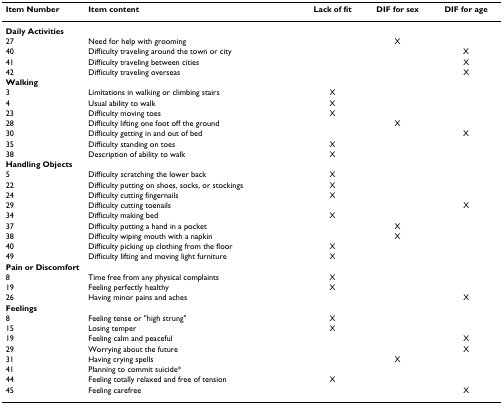
<table><thead><tr><td><b>Item Number</b></td><td><b>Item content</b></td><td><b>Lack of fit</b></td><td><b>DIF for sex</b></td><td><b>DIF for age</b></td></tr></thead><tbody><tr><td colspan="5"><b>Daily Activities</b></td></tr><tr><td>27</td><td>Need for help with grooming</td><td></td><td>X</td><td></td></tr><tr><td>40</td><td>Difficulty traveling around the town or city</td><td></td><td></td><td>X</td></tr><tr><td>41</td><td>Difficulty traveling between cities</td><td></td><td></td><td>X</td></tr><tr><td>42</td><td>Difficulty traveling overseas</td><td></td><td></td><td>X</td></tr><tr><td colspan="5"><b>Walking</b></td></tr><tr><td>3</td><td>Limitations in walking or climbing stairs</td><td>X</td><td></td><td></td></tr><tr><td>4</td><td>Usual ability to walk</td><td>X</td><td></td><td></td></tr><tr><td>23</td><td>Difficulty moving toes</td><td>X</td><td></td><td></td></tr><tr><td>28</td><td>Difficulty lifting one foot off the ground</td><td></td><td>X</td><td></td></tr><tr><td>30</td><td>Difficulty getting in and out of bed</td><td></td><td></td><td>X</td></tr><tr><td>35</td><td>Difficulty standing on toes</td><td>X</td><td></td><td></td></tr><tr><td>38</td><td>Description of ability to walk</td><td>X</td><td></td><td></td></tr><tr><td colspan="5"><b>Handling Objects</b></td></tr><tr><td>5</td><td>Difficulty scratching the lower back</td><td>X</td><td></td><td></td></tr><tr><td>22</td><td>Difficulty putting on shoes, socks, or stockings</td><td>X</td><td></td><td></td></tr><tr><td>24</td><td>Difficulty cutting fingernails</td><td>X</td><td></td><td></td></tr><tr><td>29</td><td>Difficulty cutting toenails</td><td></td><td></td><td>X</td></tr><tr><td>34</td><td>Difficulty making bed</td><td>X</td><td></td><td></td></tr><tr><td>37</td><td>Difficulty putting a hand in a pocket</td><td></td><td>X</td><td></td></tr><tr><td>38</td><td>Difficulty wiping mouth with a napkin</td><td></td><td>X</td><td></td></tr><tr><td>40</td><td>Difficulty picking up clothing from the floor</td><td>X</td><td></td><td></td></tr><tr><td>49</td><td>Difficulty lifting and moving light furniture</td><td>X</td><td></td><td></td></tr><tr><td colspan="5"><b>Pain or Discomfort</b></td></tr><tr><td>8</td><td>Time free from any physical complaints</td><td>X</td><td></td><td></td></tr><tr><td>19</td><td>Feeling perfectly healthy</td><td>X</td><td></td><td></td></tr><tr><td>26</td><td>Having minor pains and aches</td><td></td><td></td><td>X</td></tr><tr><td colspan="5"><b>Feelings</b></td></tr><tr><td>8</td><td>Feeling tense or &quot;high strung&quot;</td><td>X</td><td></td><td></td></tr><tr><td>15</td><td>Losing temper</td><td>X</td><td></td><td></td></tr><tr><td>19</td><td>Feeling calm and peaceful</td><td></td><td></td><td>X</td></tr><tr><td>29</td><td>Worrying about the future</td><td></td><td></td><td>X</td></tr><tr><td>31</td><td>Having crying spells</td><td></td><td>X</td><td></td></tr><tr><td>41</td><td>Planning to commit suicide*</td><td></td><td></td><td></td></tr><tr><td>44</td><td>Feeling totally relaxed and free of tension</td><td>X</td><td></td><td></td></tr><tr><td>45</td><td>Feeling carefree</td><td></td><td></td><td>X</td></tr></tbody></table>